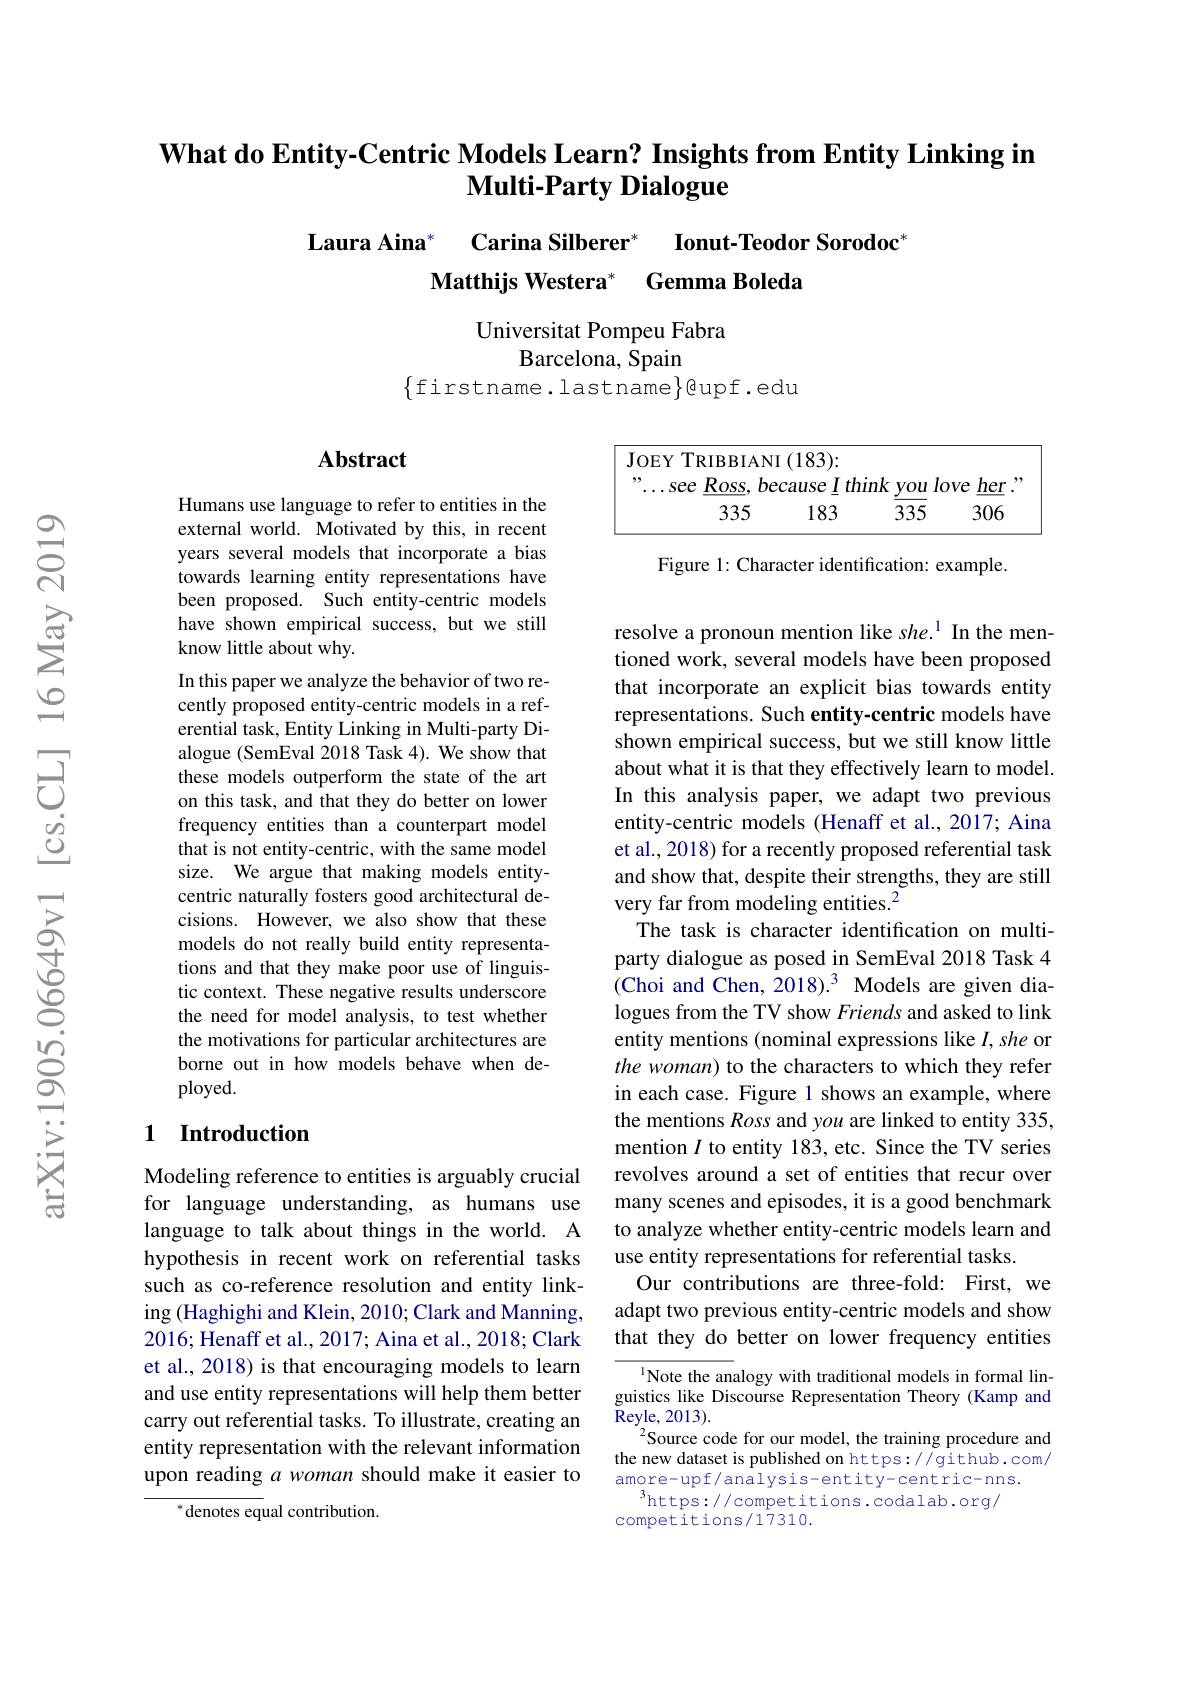
$\textbf{What do Entity- Centric Models Learn? Insights from Entity Linking in}$
# Multi-Party Dialogue

# Laura Aina* Carina Silberer* Ionut-Teodor Sorodoc Matthijs Westera* Gemma Boleda

Universitat Pompeu Fabra
Barcelona, Spain
$\{$firstname.lastname$\}$eupf.edu

### $\mathbf{Abstract}$

<FigureHere>

Figure 1: Character identification: example.

Humans use language to refer to entities in the external world. Motivated by this, in recent years several models that incorporate a bias towards learning entity representations have been proposed. Such entity-centric models have shown empirical success, but we still know little about why.
In this paper we analyze the behavior of two recently proposed entity-centric models in a referential task, Entity Linking in Multi-party Dialogue (SemEval 2018 Task 4). We show that these models outperform the state of the art on this task, and that they do better on lower frequency entities than a counterpart model that is not entity-centric, with the same model size. We argue that making models entitycentric naturally fosters good architectural decisions. However, we also show that these models do not really build entity representations and that they make poor use of linguistic context. These negative results underscore the need for model analysis, to test whether the motivations for particular architectures are borne out in how models behave when de- $ployed.$

resolve a pronoun mention like she.$^{1}$ In the mentioned work, several models have been proposed that incorporate an explicit bias towards entity representations. Such entity-centric models have shown empirical success, but we still know little about what it is that they effectively learn to model. In this analysis paper, we adapt two previous entity-centric models (Henaff et al., 2017; Aina et al., 2018) for a recently proposed referential task and show that, despite their strengths, they are still very far from modeling entities.$^{2}$
The task is character identification on multiparty dialogue as posed in SemEval 2018 Task 4 (Choi and Chen, 2018).3 Models are given dialogues from the TV show Friends and asked to link entity mentions (nominal expressions like $I,she$ or the woman) to the characters to which they refer in each case. Figure 1 shows an example, where the mentions Ross and you are linked to entity 335, mention $I$ to entity 183, etc. Since the TV series revolves around a set of entities that recur over many scenes and episodes, it is a good benchmark to analyze whether entity-centric models learn and use entity representations for referential tasks.
Our contributions are three-fold: First, we adapt two previous entity-centric models and show that they do better on lower frequency entities

## 1 Introduction

Modeling reference to entities is arguably crucial for language understanding, as humans use language to talk about things in the world. A hypothesis in recent work on referential tasks such as co-reference resolution and entity linking (Haghighi and Klein, 2010; Clark and Manning, 2016; Henaff et al., 2017; Aina et al., 2018; Clark et al., 2018) is that encouraging models to learn and use entity representations will help them better carry out referential tasks. To illustrate, creating an entity representation with the relevant information upon reading a woman should make it easier to
$^{*}$denotes equal contribution.

Note the analogy with traditional models in formal linguistics like Discourse Representation Theory (Kamp and Reyle, 2013) .
$^{2}$Source code for our model, the training procedure and the new dataset is published on https://github.com/ $\underset{2}{\operatorname*{\operatorname*{amore-upf/analysis-entity-centric-nns.}}}$
$^3$https://competitions.codalab.org/
competitions/17310.